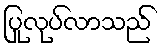
ပြုလုပ်လာသည်